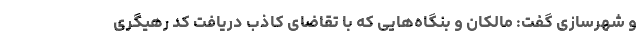
و شهرسازی گفت: مالکان و بنگاه‌هایی که با تقاضای کاذب دریافت کد رهیگری